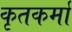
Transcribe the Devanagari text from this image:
कृतकर्मा